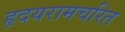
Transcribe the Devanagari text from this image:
हृदयरामचरित